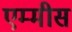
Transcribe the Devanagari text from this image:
एम्मीस